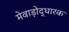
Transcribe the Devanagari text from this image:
मेवाड़ोद्धारक